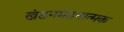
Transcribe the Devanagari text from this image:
खंडनमंडनात्मक